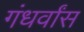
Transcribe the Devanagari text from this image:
गंधर्वांस